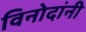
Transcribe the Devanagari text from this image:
विनोदांनी